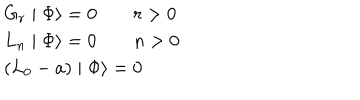
\begin{array} { l } { { G _ { r } \mid \Phi \rangle = 0 \qquad r > 0 } } \\ { { L _ { n } \mid \Phi \rangle = 0 \qquad n > 0 } } \\ { { \left( L _ { 0 } - a \right) \mid \Phi \rangle = 0 } } \\ \end{array}